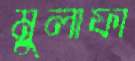
মুলাফা